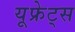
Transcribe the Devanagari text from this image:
यूफ्रेट्स